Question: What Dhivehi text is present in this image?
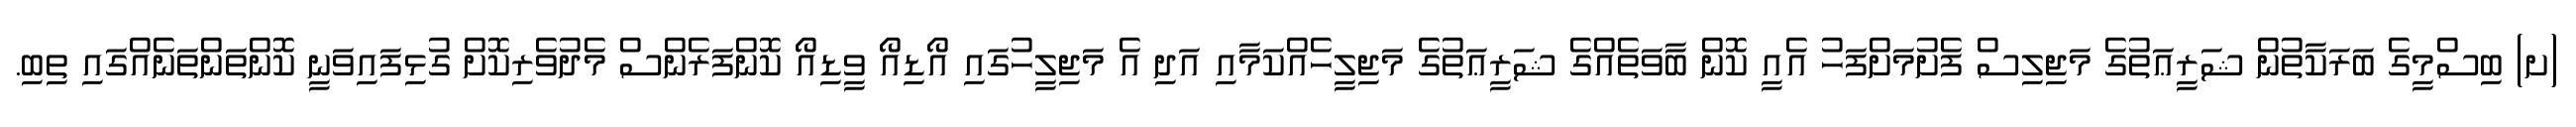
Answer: (ށ) ބިސްމީގެ ބަރަކާތުން ޝަރީޢަތުގެ މަޖިލިސް ފެށުމަށްފަހު އެއީ ކޮން ބާވަތެއްގެ ޝަރީޢަތުގެ މަޖިލީހެއްކަމާއި އަދި އެ މަޖިލީހުގައި އޯޑިއޯ ވީޑިއޯ ކޮންފަރެންސް މެދުވެރިކޮށް ގުޅިފައިވަނީ ކޮންތަންތަނެއްގައި ތިބި.